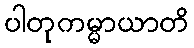
ပါတုကမ္မာယာတိ